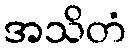
အသိတံ